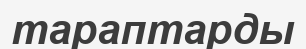
тараптарды